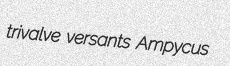
trivalve versants Ampycus